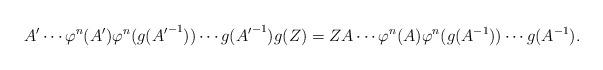
LaTeX: \begin{align*}A' \cdots \varphi ^n (A') \varphi ^n (g ({A'}^{-1})) \cdots g ({A'} ^{-1})g(Z) = Z A \cdots \varphi ^n (A) \varphi ^{n} (g(A^{-1})) \cdots g(A^{-1}).\end{align*}